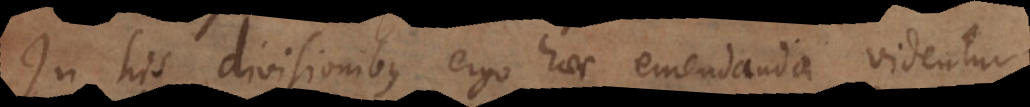
In his divisionibus ergo haec emendanda videntur: